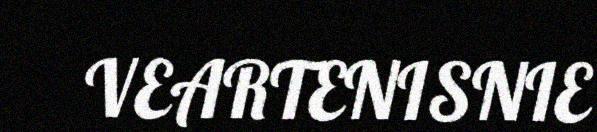
VEARTENISNIE